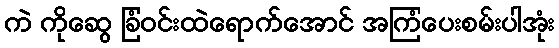
ကဲ ကိုဆွေ ခြံဝင်းထဲရောက်အောင် အကြံပေးစမ်းပါအုံး